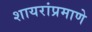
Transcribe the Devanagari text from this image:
शायरांप्रमाणे